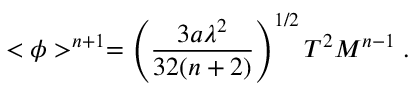
< \phi > ^ { n + 1 } = \left( { \frac { 3 a \lambda ^ { 2 } } { 3 2 ( n + 2 ) } } \right) ^ { 1 / 2 } T ^ { 2 } M ^ { n - 1 } \; .